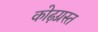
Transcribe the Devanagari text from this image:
कोढ़ग्रस्त